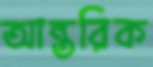
আন্তরিক